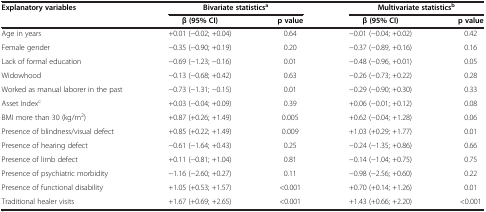
| Explanatory variables | <COLSPAN=2> Bivariate statisticsa | <COLSPAN=2> Multivariate statisticsb |
 |  | β (95% CI) | p value | β (95% CI) | p value |
 | --- | --- | --- | --- | --- |
 | Age in years | +0.01 (−0.02; +0.04) | 0.64 | −0.01 (−0.04; +0.02) | 0.42 |
 | Female gender | −0.35 (−0.90; +0.19) | 0.20 | −0.37 (−0.89, +0.16) | 0.16 |
 | Lack of formal education | −0.69 (−1.23; −0.16) | 0.01 | −0.48 (−0.96, +0.01) | 0.05 |
 | Widowhood | −0.13 (−0.68; +0.42) | 0.63 | −0.26 (−0.73; +0.22) | 0.28 |
 | Worked as manual laborer in the past | −0.73 (−1.31; −0.15) | 0.01 | −0.29 (−0.90; +0.30) | 0.33 |
 | Asset Indexc | +0.03 (−0.04; +0.09) | 0.39 | +0.06 (−0.01; +0.12) | 0.08 |
 | BMI more than 30 (kg/m2) | +0.87 (+0.26; +1.49) | 0.005 | +0.62 (−0.04; +1.28) | 0.06 |
 | Presence of blindness/visual defect | +0.85 (+0.22; +1.49) | 0.009 | +1.03 (+0.29; +1.77) | 0.01 |
 | Presence of hearing defect | −0.61 (−1.64; +0.43) | 0.25 | −0.24 (−1.35; +0.86) | 0.66 |
 | Presence of limb defect | +0.11 (−0.81; +1.04) | 0.81 | −0.14 (−1.04; +0.75) | 0.75 |
 | Presence of psychiatric morbidity | −1.16 (−2.60; +0.27) | 0.11 | −0.98 (−2.56; +0.60) | 0.22 |
 | Presence of functional disability | +1.05 (+0.53; +1.57) | <0.001 | +0.70 (+0.14; +1.26) | 0.01 |
 | Traditional healer visits | +1.67 (+0.69; +2.65) | <0.001 | +1.43 (+0.66; +2.20) | <0.001 |